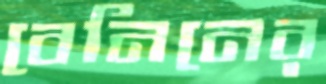
বেনিনের